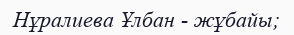
Нұралиева Ұлбан - жұбайы;